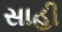
સાહી